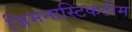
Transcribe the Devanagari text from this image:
जिमनास्टिकटीम